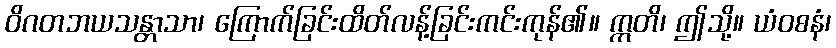
ဝိဂတဘယသန္တာသာ၊ ကြောက်ခြင်းထိတ်လန့်ခြင်းကင်းကုန်၏။ ဣတိ၊ ဤသို့။ ယံဝစနံ၊